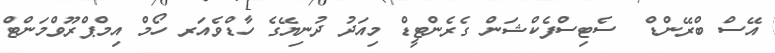
އޭސް ބްރޭންޑް  ސެޓިސްފެކްޝަން ގެރެންޓީޑް މިއަދު ދުނިޔޭގެ ހާޑްވެއަރ ހޯމް އިމްޕްރޫވްމަންޓް